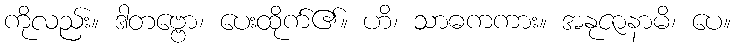
ကိုလည်း။ ဒါတဗ္ဗော၊ ပေးထိုက်၏။ ဟိ၊ သာဓကကား။ အနုဇာနာမိ၊ ပေ။